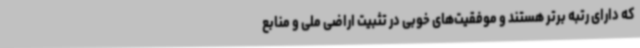
که دارای رتبه برتر هستند و موفقیت‌های خوبی در تثبیت اراضی ملی و منابع